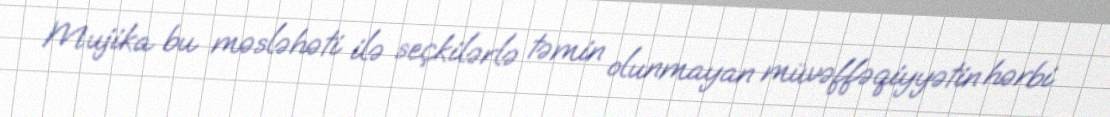
Mujika bu məsləhəti ilə seçkilərlə təmin olunmayan müvəffəqiyyətin hərbi